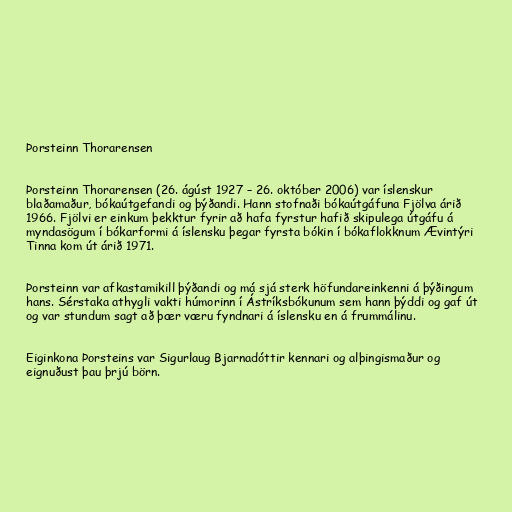
Þorsteinn Thorarensen

Þorsteinn Thorarensen (26. ágúst 1927 – 26. október 2006) var íslenskur
blaðamaður, bókaútgefandi og þýðandi. Hann stofnaði bókaútgáfuna Fjölva árið
1966. Fjölvi er einkum þekktur fyrir að hafa fyrstur hafið skipulega útgáfu á
myndasögum í bókarformi á íslensku þegar fyrsta bókin í bókaflokknum Ævintýri
Tinna kom út árið 1971.

Þorsteinn var afkastamikill þýðandi og má sjá sterk höfundareinkenni á þýðingum
hans. Sérstaka athygli vakti húmorinn í Ástríksbókunum sem hann þýddi og gaf út
og var stundum sagt að þær væru fyndnari á íslensku en á frummálinu.

Eiginkona Þorsteins var Sigurlaug Bjarnadóttir kennari og alþingismaður og
eignuðust þau þrjú börn.